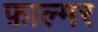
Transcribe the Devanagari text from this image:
फ़ाल्मर